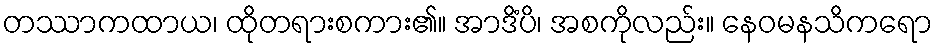
တဿာကထာယ၊ ထိုတရားစကား၏။ အာဒိံပိ၊ အစကိုလည်း။ နေဝမနသိကရော